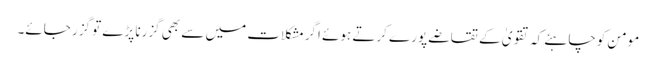
مومن کوچاہئے کہ تقویٰ کے تقاضے پورے کرتے ہوئے اگرمشکلات میں سے بھی گزرنا پڑے تو گزر جائے۔